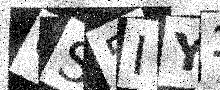
Text: CS5IY3